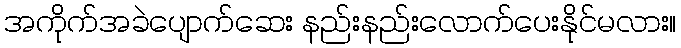
အကိုက်အခဲပျောက်ဆေး နည်းနည်းလောက်ပေးနိုင်မလား။